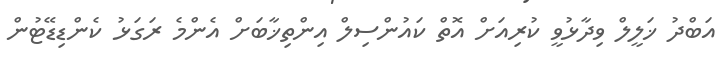
އަބްދު ޚަލީލް ވިދާޅުވީ ކުރިއަށް އޮތް ކައުންސިލް އިންތިޚާބަށް އެންމެ ރަގަޅު ކެންޑިޑޭޓުން